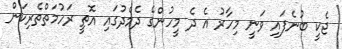
ޖެކީ ބުނެފައި ވަނީ މިހާރު އެ ދެ މީހުންގެ ދެމެދުގައި އޮތީ ރަހުމަތްތެރިކަން